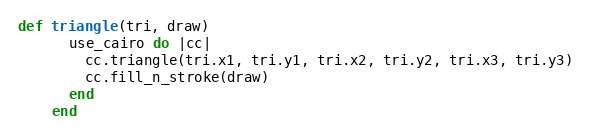
Language: Ruby
def triangle(tri, draw)
      use_cairo do |cc|
        cc.triangle(tri.x1, tri.y1, tri.x2, tri.y2, tri.x3, tri.y3)
        cc.fill_n_stroke(draw)
      end
    end